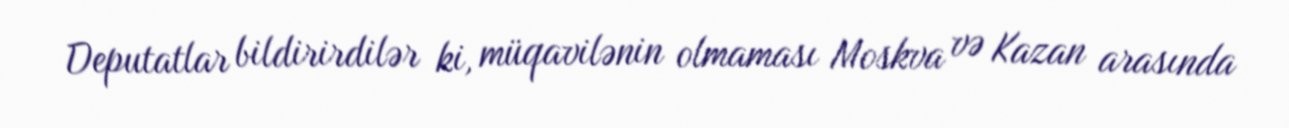
Deputatlar bildirirdilər ki, müqavilənin olmaması Moskva və Kazan arasında